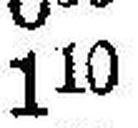
110